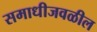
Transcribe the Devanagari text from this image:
समाधीजवळील